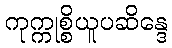
ကုက္ကုစ္စိယူပဆိန္ဒေ